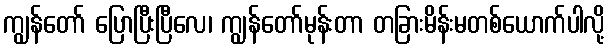
ကျွန်တော် ပြောပြီးပြီလေ၊ ကျွန်တော်မုန်းတာ တခြားမိန်းမတစ်ယောက်ပါလို့